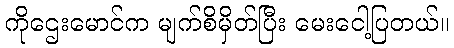
ကိုဌေးမောင်က မျက်စိမှိတ်ပြီး မေးငေါ့ပြတယ်။